Vaccination in Burma 1889-1999 - 1889-1999
Year: 1889
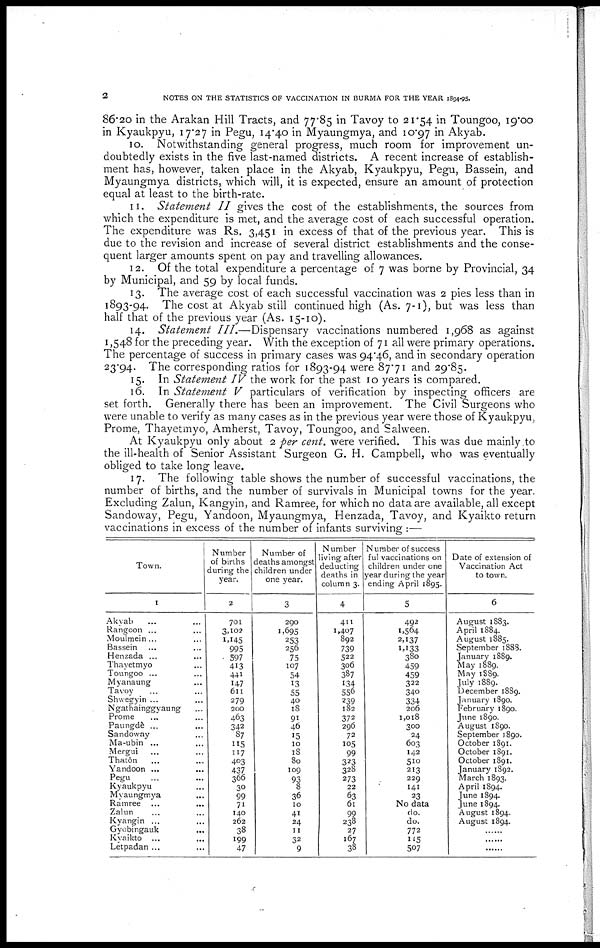
2
NOTES ON THE STATISTICS OF VACCINATION IN BURMA FOR THE YEAR 1894-95.
86.20 in the Arakan Hill Tracts, and 77.85 in Tavoy to 21.54 in Toungoo, 19.00
in Kyaukpyu, 17.27 in Pegu, 14.40 in Myaungmya, and 10.97 in Akyab.
10. Notwithstanding general progress, much room for improvement un-
doubtedly exists in the five last-named districts. A recent increase of establish-
ment has, however, taken place in the Akyab, Kyaukpyu, Pegu, Bassein, and
Myaungmya districts, which will, it is expected, ensure an amount of protection
equal at least to the birth-rate.
11. Statement II gives the cost of the establishments, the sources from
which the expenditure is met, and the average cost of each successful operation.
The expenditure was Rs. 3,451 in excess of that of the previous year. This is
due to the revision and increase of several district establishments and the conse-
quent larger amounts spent on pay and travelling allowances.
12. Of the total expenditure a percentage of 7 was borne by Provincial, 34
by Municipal, and 59 by local funds.
13. The average cost of each successful vaccination was 2 pies less than in
1893-94. The cost at Akyab still continued high (As. 7-1), but was less than
half that of the previous year (As. 15-10).
14. Statement III.—Dispensary vaccinations numbered 1,968 as against
1,548 for the preceding year. With the exception of 71 all were primary operations.
The percentage of success in primary cases was 94.46, and in secondary operation
23.94. The corresponding ratios for 1893-94 were 87.71 and 29.85.
15. In Statement IV the work for the past 10 years is compared.
16. In Statement V particulars of verification by inspecting officers are
set forth. Generally there has been an improvement. The Civil Surgeons who
were unable to verify as many cases as in the previous year were those of Kyaukpyu,
Prome, Thayetmyo, Amherst, Tavoy, Toungoo, and Salween.
At Kyaukpyu only about 2 per cent. were verified. This was due mainly to
the ill-health of Senior Assistant Surgeon G. H. Campbell, who was eventually
obliged to take long leave.
17. The following table shows the number of successful vaccinations, the
number of births, and the number of survivals in Municipal towns for the year.
Excluding Zalun, Kangyin, and Ramree, for which no data are available, all except
Sandoway, Pegu, Yandoon, Myaungmya, Henzada, Tavoy, and Kyaikto return
vaccinations in excess of the number of infants surviving :—
Town.
1
Akyab ... ...
Rangoon ... ...
Moulmein... ...
Bassein ... ...
Henzada ... ...
Thayetmyo
Toungoo ... ...
Myanaung ...
Tavoy
... ...
Shwegyin ... ...
Ngathainggyaung ...
Prome ... ...
Paungdè ...
Sandoway ...
Ma-ubin ... ...
Mergui ... ...
Thatôn ... ...
Yandoon ... ...
Pegu ... ...
Kyaukpyu ...
Myaungmya ...
Ramree ... ...
Zalun ... ...
Kyangin ...
Gyobingauk ...
Kyaikto ... ...
Letpadan ... ...
Number
of births
during the
year.
2
701
3,102
1,145
995
597
413
441
147
611
279
200
463
342
87
115
117
403
437
366
30
99
71
140
262
38
199
47
Number of
deaths amongst
children under
one year.
3
290
1,695
253
256
75
107
54
13
55
40
18
91
46
15
10
18
80
109
93
8
36
10
41
24
11
32
9
Number
living after
deducting
deaths in
column 3.
4
411
1,407
892
739
522
306
387
134
556
239
182
372
296
72
105
99
323
328
273
22
63
61
99
238
27
167
38
Number of success
ful vaccinations on
children under one
year during the year
ending April 1895.
5
492
1,564
2,137
1,133
380
459
459
322
340
334
206
1,018
300
24
603
142
510
213
229
141
23
No data
do.
do.
772
115
507
Date of extension of
Vaccination Act
to town.
6
August 1883.
April 1884.
August 1885.
September 1888.
January 1889.
May 1889.
May 1889.
July 1889.
December 1889.
January 1890.
February 1890.
June 1890.
August 1890.
September 1890.
October 1891.
October 1891.
October 1891.
January 1892.
March 1893.
April 1894.
June 1894.
June 1894.
August 1894.
August 1894.
......
......
......